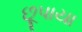
છૂપાયા